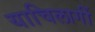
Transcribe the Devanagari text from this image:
याचिलागीं